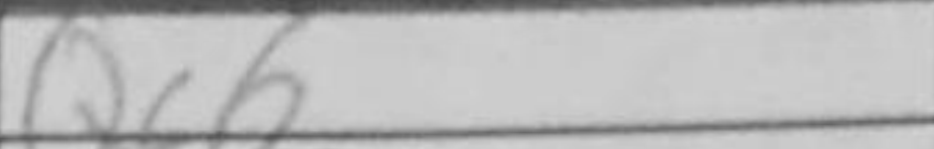
Transcription: Qc6